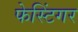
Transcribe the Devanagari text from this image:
फेस्टिंगर